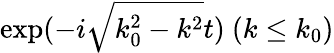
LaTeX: \mathrm{exp}(-i\sqrt{k_{0}^{2}-k^{2}}t)\ (k\leq k_{0})